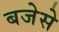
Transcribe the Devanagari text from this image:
बजेसे